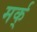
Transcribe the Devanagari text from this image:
मर्क्